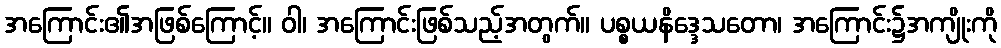
အကြောင်း၏အဖြစ်ကြောင့်။ ဝါ၊ အကြောင်းဖြစ်သည့်အတွက်။ ပစ္စယနိဒ္ဒေသတော၊ အကြောင်း၌အကျိုးကို